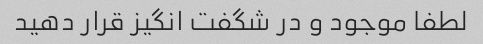
لطفا موجود و در شگفت انگیز قرار دهید